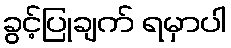
ခွင့်ပြုချက် ရမှာပါ